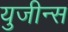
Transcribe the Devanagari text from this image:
युजीन्स